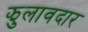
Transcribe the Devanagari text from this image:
झुलावदार